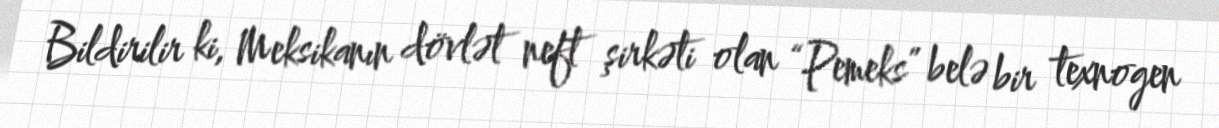
Bildirilir ki, Meksikanın dövlət neft şirkəti olan “Pemeks” belə bir texnogen